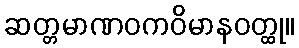
ဆတ္တမာဏဝကဝိမာနဝတ္ထု။